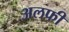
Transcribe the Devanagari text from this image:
अलफी